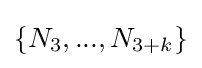
\{N_{3},...,N_{3+k}\}